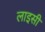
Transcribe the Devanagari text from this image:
लाइसी